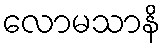
လောမသာနိ